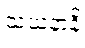
သယနာနိ